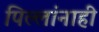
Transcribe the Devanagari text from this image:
पिल्लांनाही